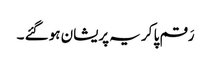
رَقم پا کر یہ پریشان ہو گئے ۔